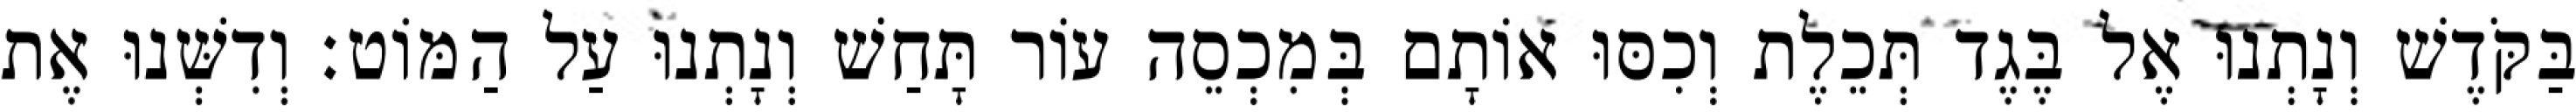
בַּקֹּדֶשׁ וְנָתְנוּ אֶל בֶּגֶד תְּכֵלֶת וְכִסּוּ אוֹתָם בְּמִכְסֵה עוֹר תָּחַשׁ וְנָתְנוּ עַל הַמּוֹט׃ וְדִשְּׁנוּ אֶת